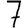
Digit: 7